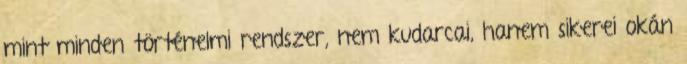
mint minden történelmi rendszer, nem kudarcai, hanem sikerei okán